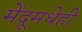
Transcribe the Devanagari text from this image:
मेंदूमधेही